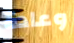
وعادة